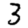
Digit: 3